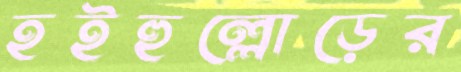
হইহুল্লোড়ের